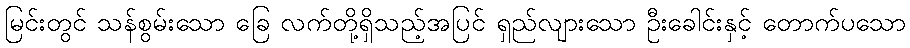
မြင်းတွင် သန်စွမ်းသော ခြေ လက်တို့ရှိသည့်အပြင် ရှည်လျားသော ဦးခေါင်းနှင့် တောက်ပသော